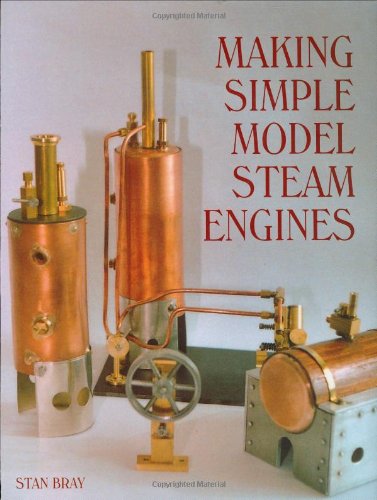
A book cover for Making Simple Model Steam Engines; Stan Bray; Crafts, Hobbies & Home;